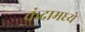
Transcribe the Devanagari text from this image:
कंदामध्ये